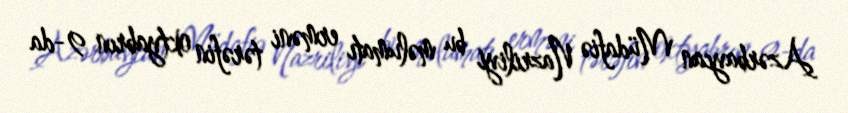
Azərbaycan Müdafiə Nazriliyi bu məlumatı erməni tərəfin oktyabrın 9-da